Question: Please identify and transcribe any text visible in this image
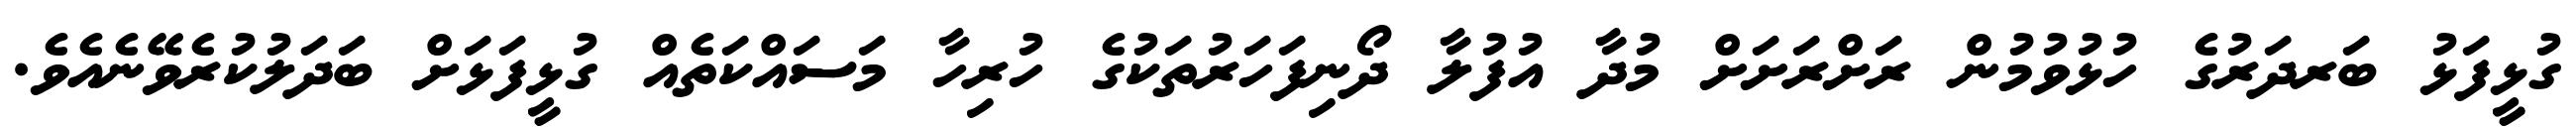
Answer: ގުޅީފަޅު ބަރދަރުގެ ހުޅުވުމުން ރަށްރަށަށް މުދާ އުފުލާ ދޯނިފަހަރުތަކުގެ ހުރިހާ މަސައްކަތެއް ގުޅީފަޅަށް ބަދަލުކުރެވޭނެއެވެ.